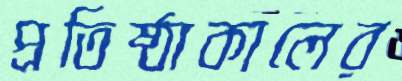
প্রতিষ্ঠাকালের